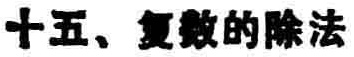
十五、复数的除法